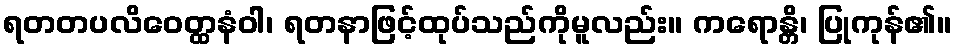
ရတတပလိဝေတ္ထနံဝါ၊ ရတနာဖြင့်ထုပ်သည်ကိုမူလည်း။ ကရောန္တိ၊ ပြုကုန်၏။